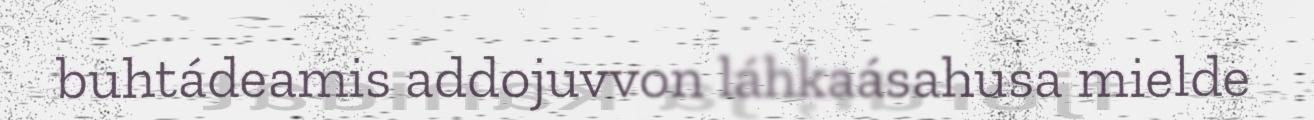
buhtádeamis addojuvvon láhkaásahusa mielde